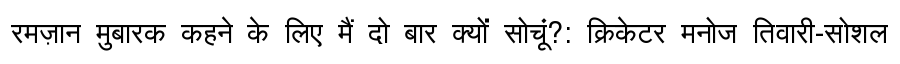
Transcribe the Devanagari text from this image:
रमज़ान मुबारक कहने के लिए मैं दो बार क्यों सोचूं?: क्रिकेटर मनोज तिवारी-सोशल